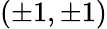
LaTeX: (\pm 1,\pm 1)